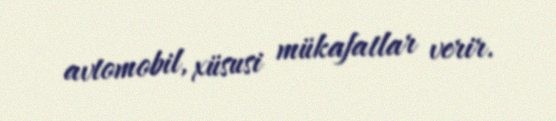
avtomobil, xüsusi mükafatlar verir.